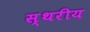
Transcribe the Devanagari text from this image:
स्थरीय